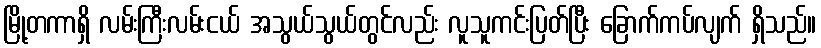
မြို့တကာရှိ လမ်းကြီးလမ်းငယ် အသွယ်သွယ်တွင်လည်း လူသူကင်းပြတ်ပြီး ခြောက်ကပ်လျက် ရှိသည်။